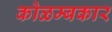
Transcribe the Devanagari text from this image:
कोळम्बकार